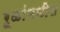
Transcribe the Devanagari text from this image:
रूळांमधील